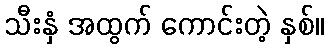
သီးနှံ အထွက် ကောင်းတဲ့ နှစ်။